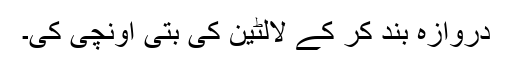
دروازہ بند کر کے لالٹین کی بتی اونچی کی۔